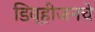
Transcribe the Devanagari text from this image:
डिव्हीजनचे